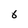
Character: 6